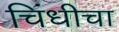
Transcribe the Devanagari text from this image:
चिंधीचा